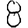
Digit: 8